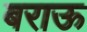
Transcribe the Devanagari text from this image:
बराऊ